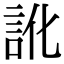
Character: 訛